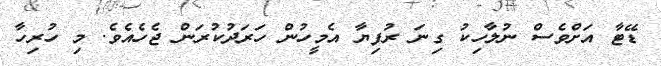
ޑޭޓާ އަށްވެސް ނުލާހިކު ގިނަ ރުފިޔާ އެމީހުން ހަރަދުކުރަން ޖެހެއެވެ. މި ހުރިހާ